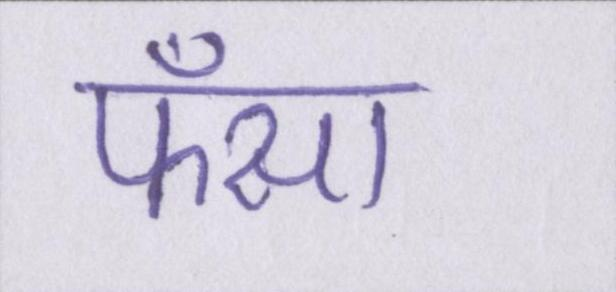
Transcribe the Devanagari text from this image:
फँसा